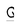
Character: G